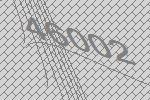
46002